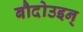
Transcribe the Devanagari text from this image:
बौदोउइन्